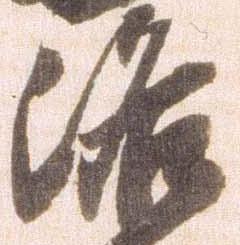
洛